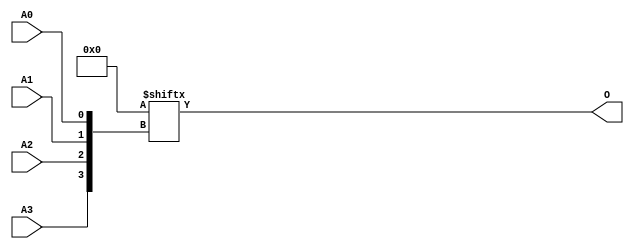
// $Header: /devl/xcs/repo/env/Databases/CAEInterfaces/verunilibs/data/unisims/ROM16X1.v,v 1.8.158.1 2007/03/09 18:13:19 patrickp Exp $
///////////////////////////////////////////////////////////////////////////////
// Copyright (c) 1995/2004 Xilinx, Inc.
// All Right Reserved.
///////////////////////////////////////////////////////////////////////////////
//   ____  ____
//  /   /\/   /
// /___/  \  /    Vendor : Xilinx
// \   \   \/     Version : 8.1i (I.13)
//  \   \         Description : Xilinx Functional Simulation Library Component
//  /   /                  16-Deep by 1-Wide ROM
// /___/   /\     Filename : ROM16X1.v
// \   \  /  \    Timestamp : Thu Mar 25 16:43:39 PST 2004
//  \___\/\___\
//
// Revision:
//    03/23/04 - Initial version.
//    02/04/05 - Rev 0.0.1 Remove input/output bufs; Remove for-loop in initial block;
// End Revision

`timescale  100 ps / 10 ps


module ROM16X1 (O, A0, A1, A2, A3);

    parameter INIT = 16'h0000;

    output O;

    input  A0, A1, A2, A3;

    reg [15:0] mem;

    initial 
            mem = INIT;

    assign O = mem[{A3, A2, A1, A0}];


endmodule